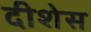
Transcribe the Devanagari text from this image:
दीशेस